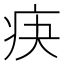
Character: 疦